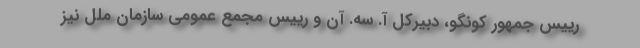
رییس جمهور کونگو، دبیرکل آ. سه. آن و رییس مجمع عمومی سازمان ملل نیز